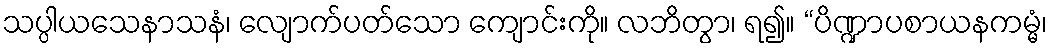
သပ္ပါယသေနာသနံ၊ လျောက်ပတ်သော ကျောင်းကို။ လဘိတွာ၊ ရ၍။ “ပိဏ္ဍာပစာယနကမ္မံ၊